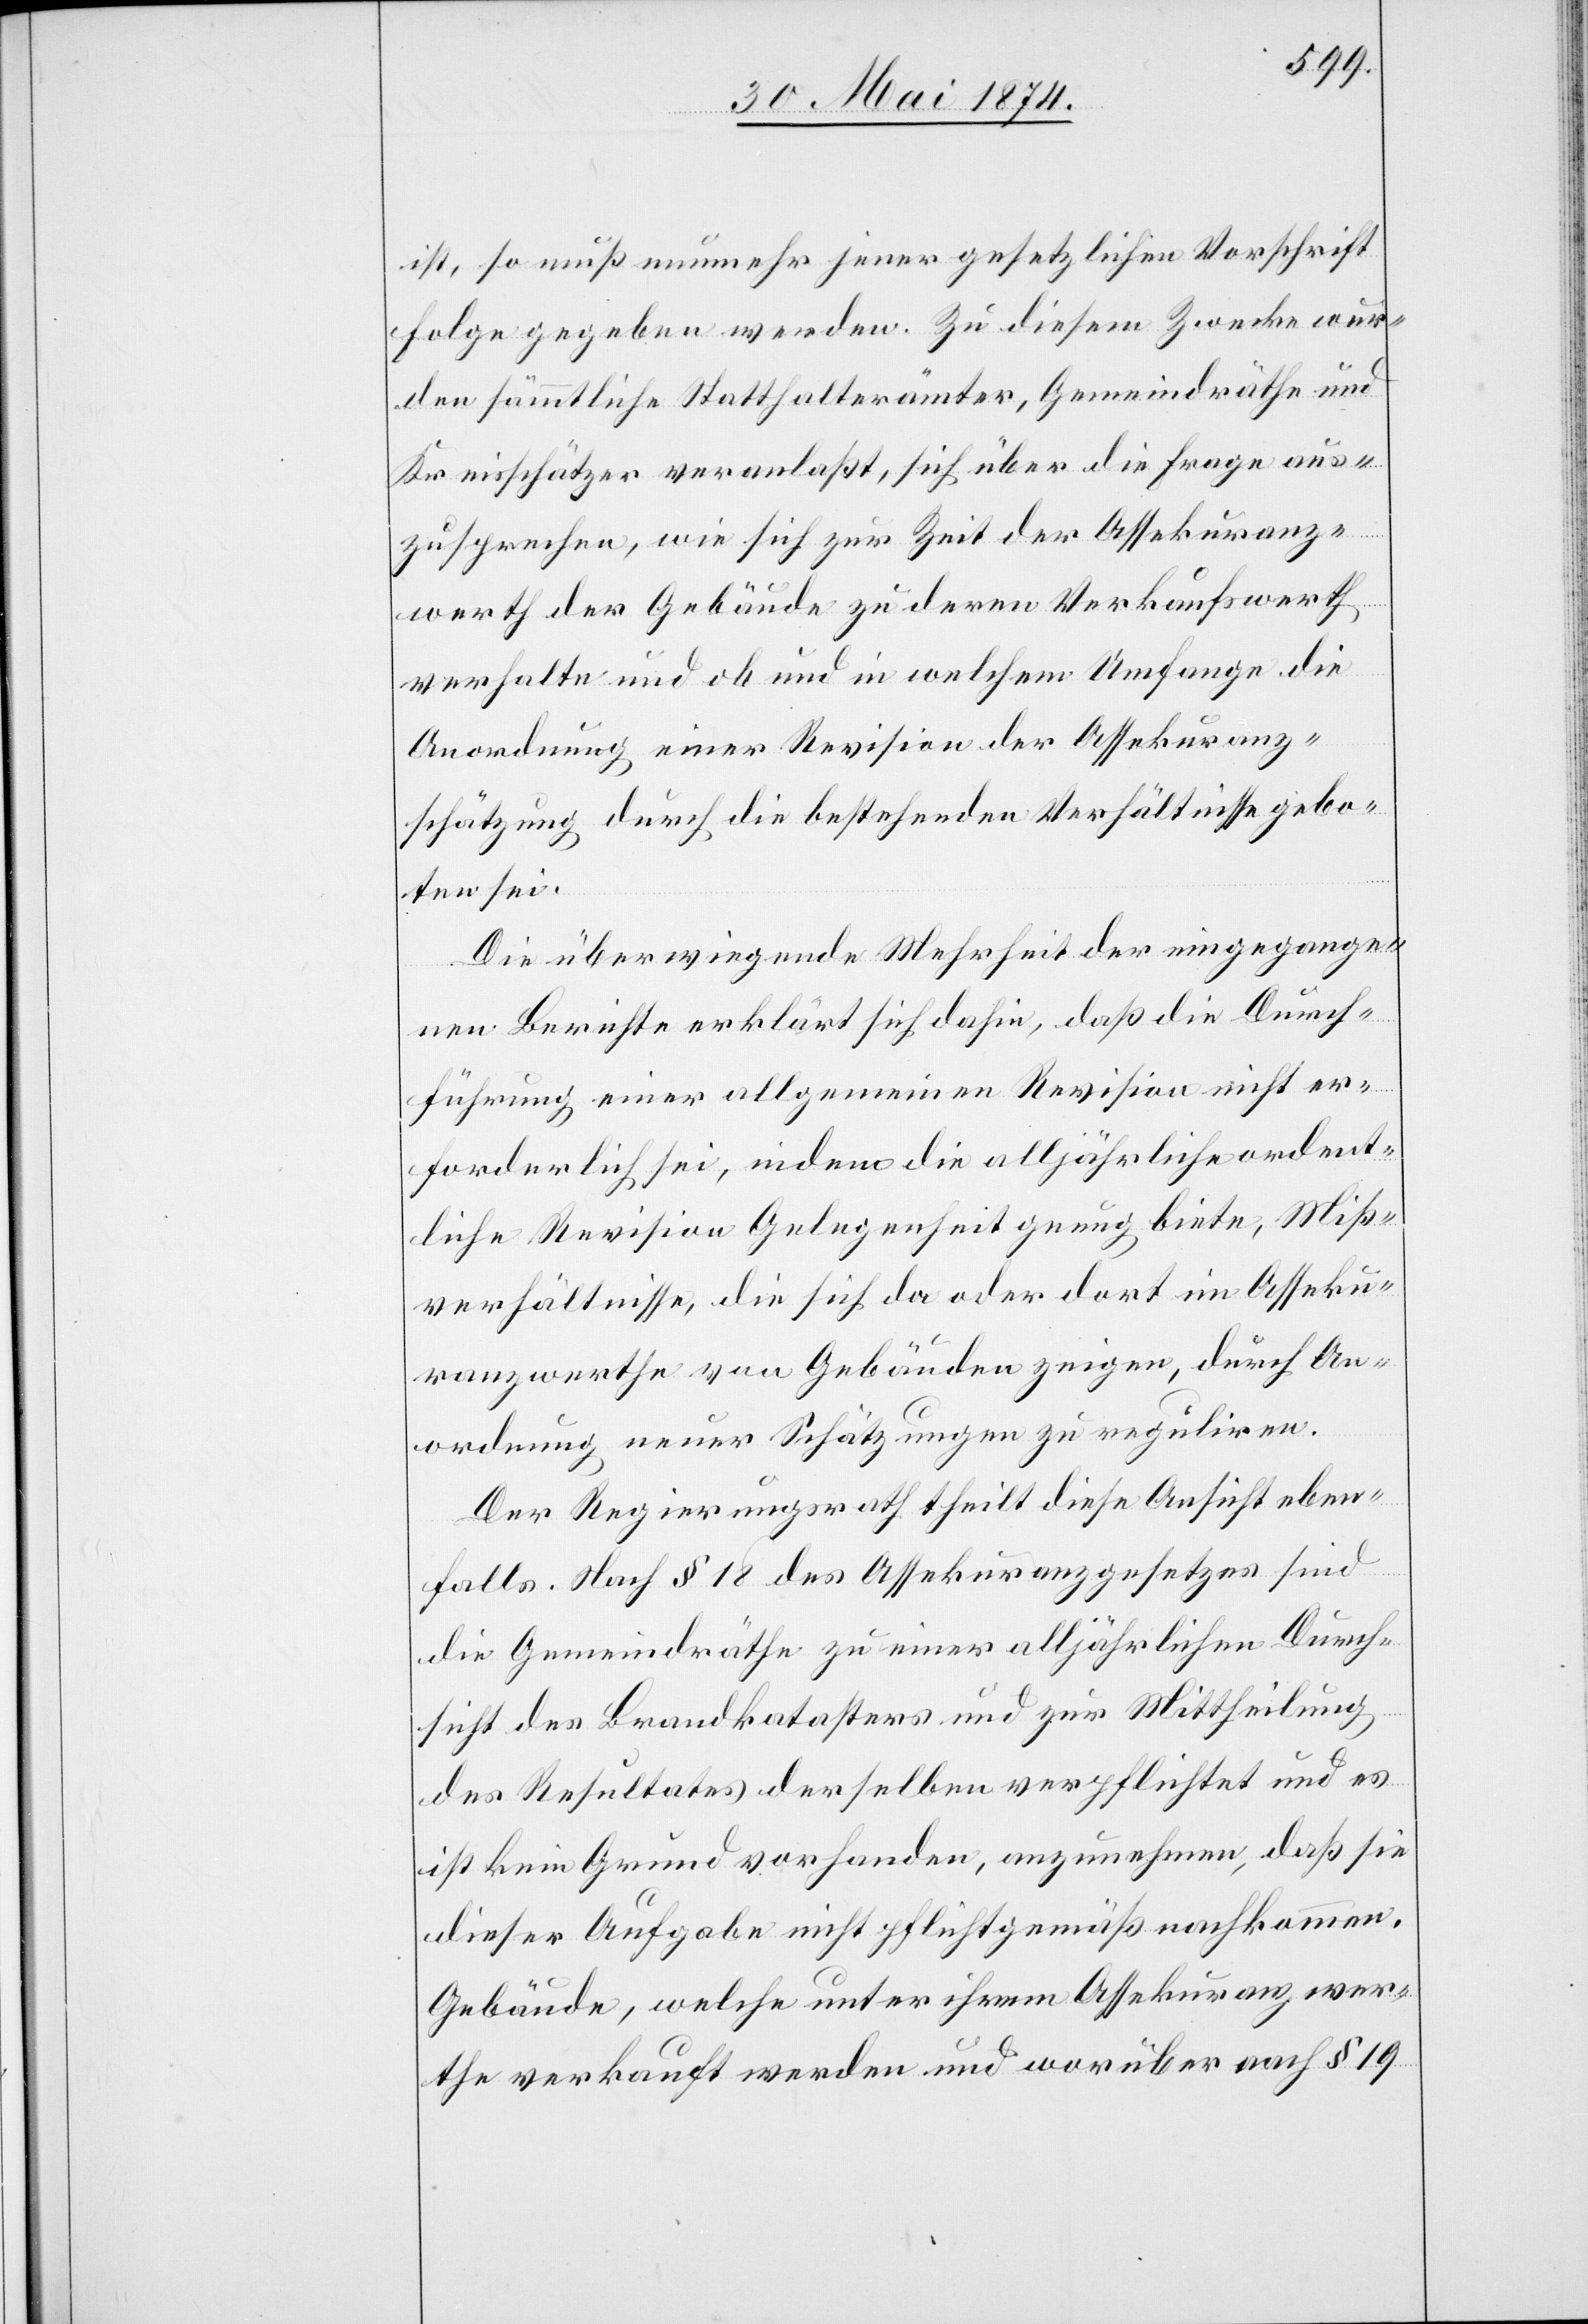
ist, so muß nunmehr jener gesetzlichen Vorschrift
Folge gegeben werden. Zu diesem Zwecke wur¬
den sämmtliche Statthalterämter, Gemeindräthe und
Kreisschätzer veranlaßt, sich über die Frage aus¬
zusprechen, wie sich zur Zeit der Assekuranz¬
werth der Gebäude zu deren Verkaufswerth
verhalte und ob und in welchem Umfange die
Anordnung einer Revision der Assekuranz¬
schätzung durch die bestehenden Verhältnisse gebo¬
ten sei.
Die überwiegende Mehrheit der eingegange¬
nen Berichte erklärt sich dahin, daß die Durch¬
führung einer allgemeinen Revision nicht er¬
forderlich sei, indem die alljährliche ordent¬
liche Revision Gelegenheit genug biete, Miß¬
verhältnisse, die sich da oder dort im Asseku¬
ranzwerthe von Gebäuden zeigen, durch An¬
ordnung neuer Schätzungen zu reguliren.
Der Regierungsrath theilt diese Ansicht eben¬
falls. Nach § 18 des Assekuranzgesetzes sind
die Gemeindräthe zu einer alljährlichen Durch¬
sicht des Brandkatasters und zur Mittheilung
des Resultates derselben verpflichtet und es
ist kein Grund vorhanden, anzunehmen, daß sie
dieser Aufgabe nicht pflichtgemäß nachkommen.
Gebäude, welche unter ihrem Assekuranzwer¬
the verkauft werden und worüber nach § 19